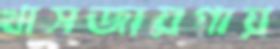
খাসজায়গায়